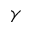
\gamma